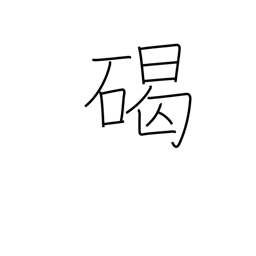
Meaning: round stone